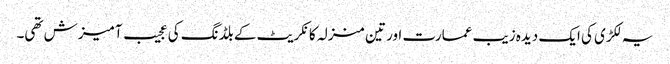
یہ لکڑی کی ایک دیدہ زیب عمارت اور تین منزلہ کانکریٹ کے بلڈنگ کی عجیب آمیزش تھی۔